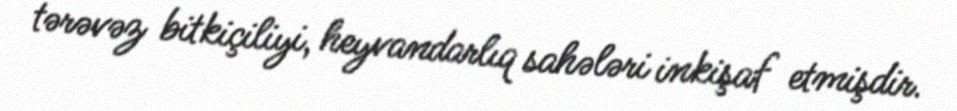
tərəvəz bitkiçiliyi, heyvandarlıq sahələri inkişaf etmişdir.